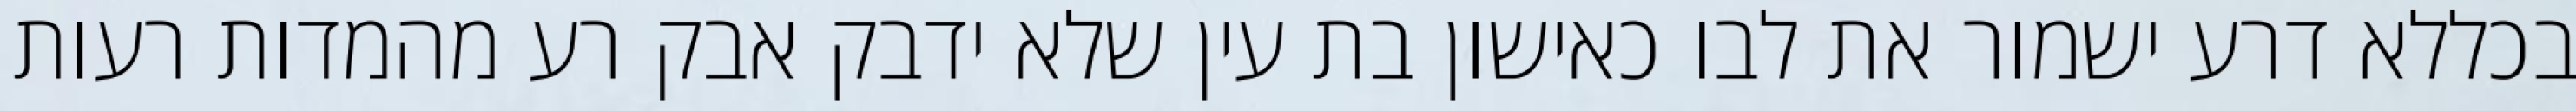
בכללא דרע ישמור את לבו כאישון בת עין שלא ידבק אבק רע מהמדות רעות